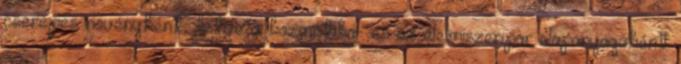
cserepes növényként, illetve a kozmetika- és az élelmiszeripar alapanyagaként